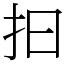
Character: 抇